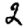
Digit: 2